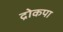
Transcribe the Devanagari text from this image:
द्रोकपा